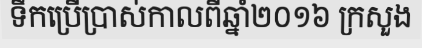
ទឹកប្រើប្រាស់កាលពីឆ្នាំ២០១៦ ក្រសួង